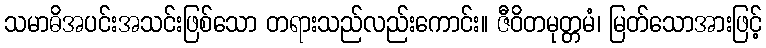
သမာဓိအပင်းအသင်းဖြစ်သော တရားသည်လည်းကောင်း။ ဇီဝိတမုတ္တမံ၊ မြတ်သောအားဖြင့်